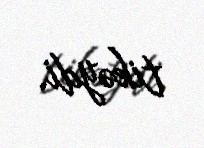
tikəydi.